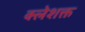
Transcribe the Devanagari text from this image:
क्लेशक्त